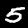
Digit: 5